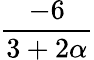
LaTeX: \frac{-6}{3+2\alpha}